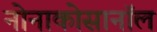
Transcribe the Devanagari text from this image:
नोनाकोसानॉल